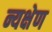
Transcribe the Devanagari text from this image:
न्यक्षेण